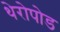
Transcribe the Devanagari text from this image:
थेरोपोड